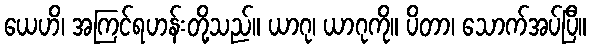
ယေဟိ၊ အကြင်ရဟန်းတို့သည်။ ယာဂု၊ ယာဂုကို။ ပိတာ၊ သောက်အပ်ပြီ။